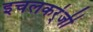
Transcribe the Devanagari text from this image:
इचलकर्ंजी